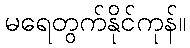
မရေတွက်နိုင်ကုန်။